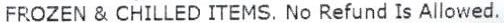
FROZEN & CHILLED ITEMS. NO REFUND IS ALLOWED.